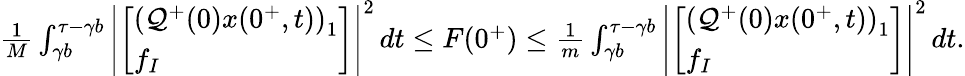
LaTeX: \begin{array}{r}{\frac{1}{M}\int_{\gamma b}^{\tau-\gamma b}\left|\left[\begin{array}{l}{\left(\mathcal{Q}^{+}(0)x(0^{+},t)\right)_{1}}\\ {f_{I}}\end{array}\right]\right|^{2}\, dt\leq F(0^{+})\leq\frac{1}{m}\int_{\gamma b}^{\tau-\gamma b}\left|\left[\begin{array}{l}{\left(\mathcal{Q}^{+}(0)x(0^{+},t)\right)_{1}}\\ {f_{I}}\end{array}\right]\right|^{2}\, dt.}\end{array}